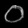
Digit: ၀